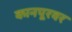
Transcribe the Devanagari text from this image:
कानपूरवर